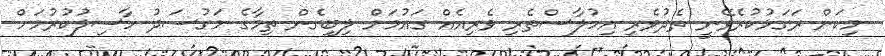
މިކަން ރަގަޅުކުރެވޭނީ ތެދުވެރި އިހުލާސްތެރި ވެރިއެއް ގައުމަށް ލިބިގެން ތިމާގެ މަގުސަދު ހާސިލުކުރުމަށް